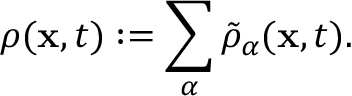
\begin{array} { r } { \rho ( \mathbf { x } , t ) : = \displaystyle \sum _ { \alpha } \tilde { \rho } _ { \alpha } ( \mathbf { x } , t ) . } \end{array}